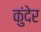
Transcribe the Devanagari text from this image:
कुंदेर